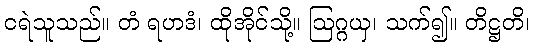
ငရဲသူသည်။ တံ ရဟဒံ၊ ထိုအိုင်သို့။ ဩဂ္ဂယှ၊ သက်၍။ တိဋ္ဌတိ၊